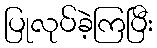
ပြုလုပ်ခဲ့ကြပြီး